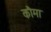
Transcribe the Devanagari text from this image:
कौमा